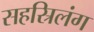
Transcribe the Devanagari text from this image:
सहस्रिलंग